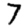
Digit: 7